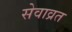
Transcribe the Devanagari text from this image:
सेवाव्रत